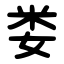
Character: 娄